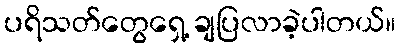
ပရိသတ်တွေရှေ့ ချပြလာခဲ့ပါတယ်။